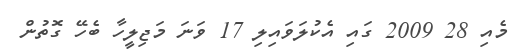
މެއި 28 2009 ގައި އެކުލަވައިލި 17 ވަނަ މަޖިލީހާ ބެހޭ ގޮތުން